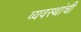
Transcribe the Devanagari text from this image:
व्यवस्थांची